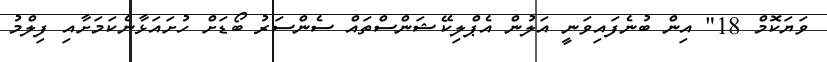
ވަޔަކޮމް 18" އިން ބުނެފައިވަނީ އަލުން އެޕްލިކޭޝަންސްތައް ސެންސަރު ބޯޑަށް ހުށައަޅާނެކަމަށާއި ފިލްމު